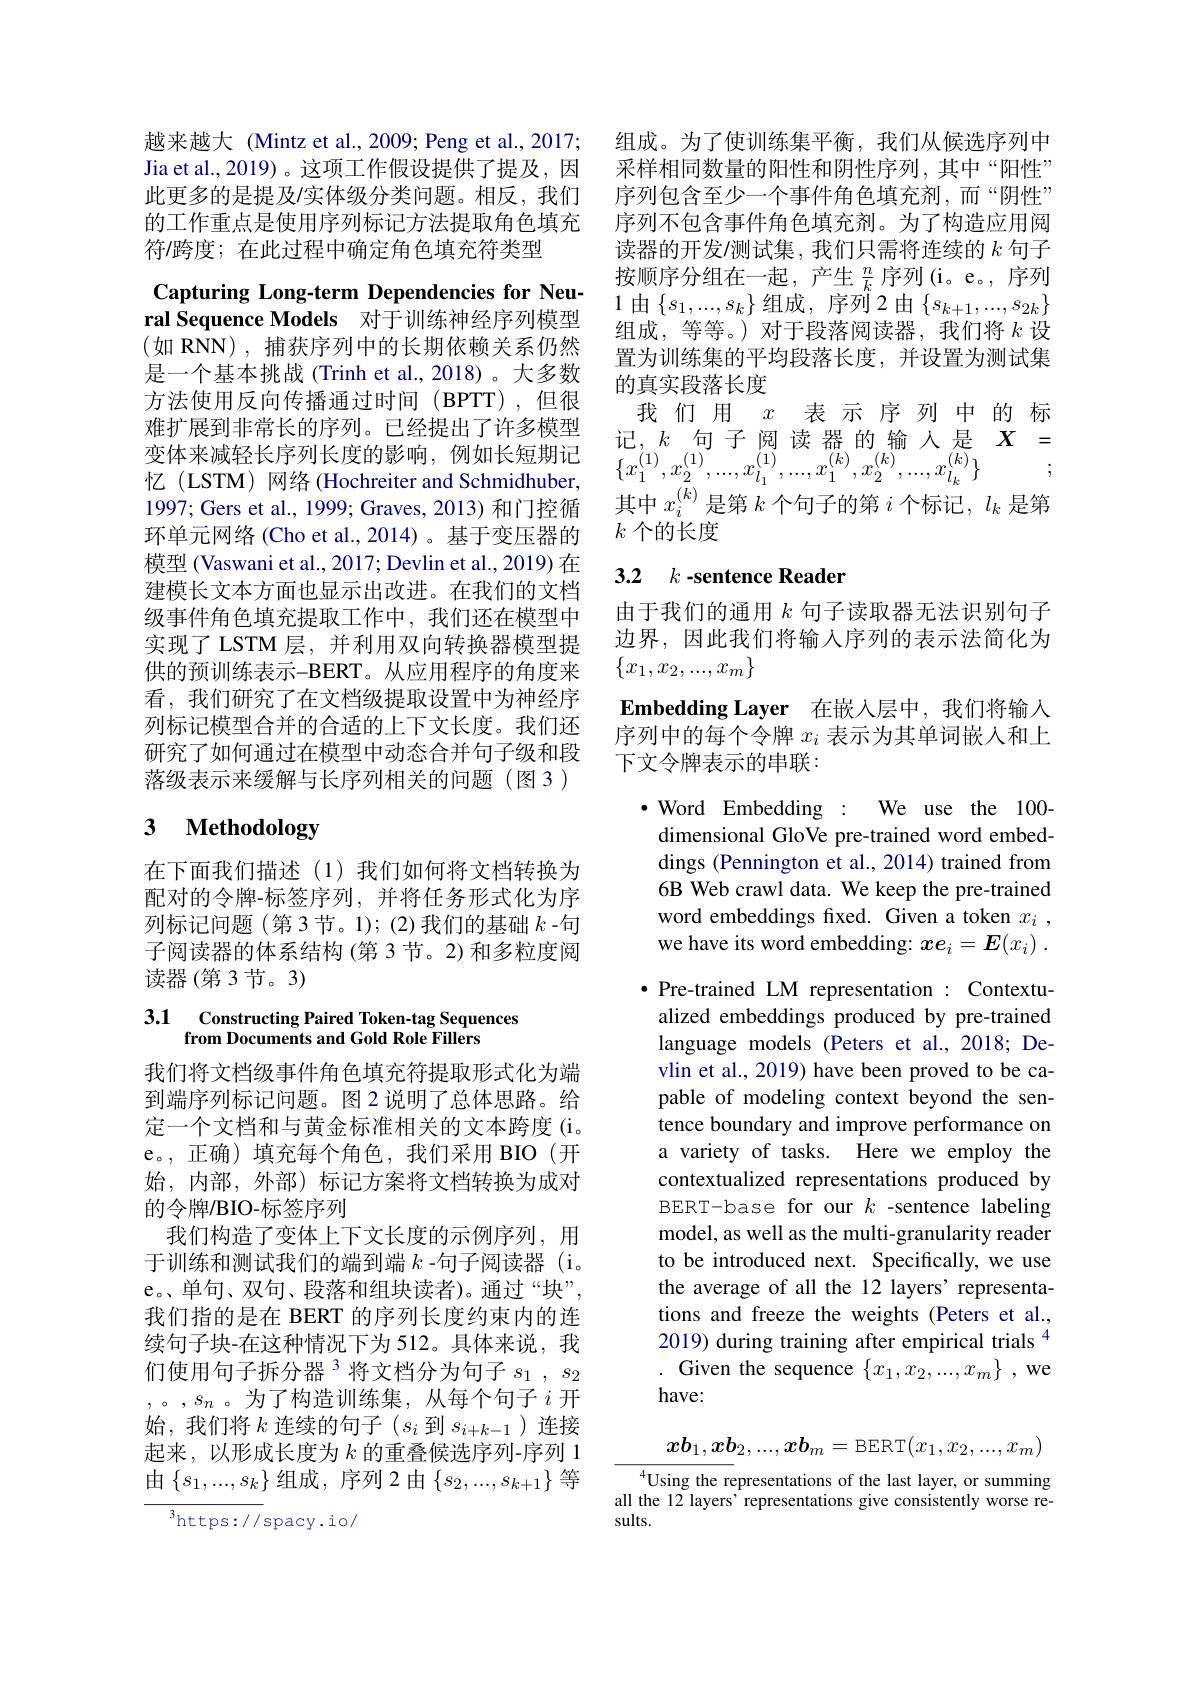
越来越大 (Mintz et al., 2009; Peng et al., 2017; Jia et al., 2019) 。这项工作假设提供了提及，因此更多的是提及/实体级分类问题。相反，我们的工作重点是使用序列标记方法提取角色填充符/跨度；在此过程中确定角色填充符类型

Capturing Long-term Dependencies for Neural Sequence Models 对于训练神经序列模型

(如 RNN),捕获序列中的长期依赖关系仍然是一个基本挑战(Trinh et al.,2018)。大多数方法使用反向传播通过时间(BPTT),但很难扩展到非常长的序列。已经提出了许多模型变体来减轻长序列长度的影响，例如长短期记忆(LSTM) 网络(Hochreiter and Schmidhuber, 1997; Gers et al., 1999; Graves, 2013) 和门控循环单元网络(Cho et al.,2014)。基于变压器的模型 (Vaswani et al., 2017; Devlin et al., 2019) 在建模长文本方面也显示出改进。在我们的文档级事件角色填充提取工作中，我们还在模型中实现了 LSTM 层，并利用双向转换器模型提供的预训练表示-BERT。从应用程序的角度来看，我们研究了在文档级提取设置中为神经序列标记模型合并的合适的上下文长度。我们还研究了如何通过在模型中动态合并句子级和段落级表示来缓解与长序列相关的问题(图3)

# 3 Methodology

在下面我们描述(1)我们如何将文档转换为配对的令牌-标签序列，并将任务形式化为序列标记问题(第3节。1);(2)我们的基础$k$ -句子阅读器的体系结构 (第 3 节。2) 和多粒度阅读器(第3节。3)

# 3.1 Constructing Paired Token-tag Sequences from Documents and Gold Role Fillers

我们将文档级事件角色填充符提取形式化为端到端序列标记问题。图 2 说明了总体思路。给定一个文档和与黄金标准相关的文本跨度(i。e。,正确)填充每个角色，我们采用 BIO(开始，内部，外部)标记方案将文档转换为成对的令牌/BIO-标签序列
我们构造了变体上下文长度的示例序列，用于训练和测试我们的端到端$k$ -句子阅读器 (i。e。单句、双句、段落和组块读者)。通过“块”, 我们指的是在 BERT 的序列长度约束内的连续句子块-在这种情况下为 512。具体来说，我们使用句子拆分器 3 将文档分为句子$s_1$ , $s_2$ ,。$,s_n$。为了构造训练集，从每个句子$i$ 开始，我们将$k$连续的句子($s_i$到$s_i+k-1$)连接起来，以形成长度为$k$的重叠候选序列-序列 1由$\left\{s_1,...,s_k\right\}$组成，序列2由$\left\{s_2,...,s_{k+1}\right\}$等
${\overline{^3\mathrm{https://}}}$spacy.io/

组成。为了使训练集平衡，我们从候选序列中采样相同数量的阳性和阴性序列，其中“阳性” 序列包含至少一个事件角色填充剂，而“阴性” 序列不包含事件角色填充剂。为了构造应用阅读器的开发/测试集，我们只需将连续的$k$句子按顺序分组在一起，产生$\frac nk$序列(i。e。, 序列1 由$\{s_1,...,s_k\}$ 组成，序列 2 由$\{s_k+1,...,s_{2k}\}$ 组成，等等。)对于段落阅读器，我们将$k$设置为训练集的平均段落长度，并设置为测试集的真实段落长度
我们用$x$表示序列中的标记，$k$ 句子阅读器的输入是$X=$ $\{x_{1}^{(1)},x_{2}^{(1)},...,x_{l_{1}}^{(1)},...,x_{1}^{(k)},x_{2}^{(k)},...,x_{l_{k}}^{(k)}\}$
其中$x_i^{(k)}$是第$k$个句子的第$i$个标记，$l_k$是第
$k$个的长度

## 3.2 $k\textbf{- sentence Reader}$

由于我们的通用$k$句子读取器无法识别句子边界，因此我们将输入序列的表示法简化为$\{x_1,x_2,...,x_m\}$
Embedding Layer 在嵌入层中，我们将输入序列中的每个令牌$x_i$表示为其单词嵌人和上下文令牌表示的串联：
·Word Embedding : We use the 100- dimensional GloVe pre-trained word embeddings (Pennington et al., 2014) trained from 6B Web crawl data. We keep the pre-trained word embeddings fixed. Given a token $x_i$, we have its word embedding: $xe_i= \boldsymbol{E}( x_i)$ . $\bullet$ Pre-trained LM representation : Contextualized embeddings produced by pre-trained language models (Peters et al.,2018; Devlin et al., 2019) have been proved to be capable of modeling context beyond the sentence boundary and improve performance on a variety of tasks. Here we employ the contextualized representations produced by BERT-base for our $k$ -sentence labeling model, as well as the multi-granularity reader to be introduced next. Specifically, we use the average of all the 12 layers' representations and freeze the weights (Peters et al., 2019) during training after empirical trials $^{4}$ . Given the sequence $\{x_1,x_2,...,x_m\}$ ,we have:
$$xb_1,xb_2,...,xb_m=\text{BERT}(x_1,x_2,...,x_m)$$
Using the representations of the last layer, or summing all the 12 layers' representations give consistently worse results.